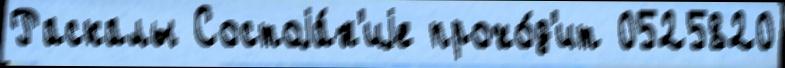
Раскалы Состоjа́н'иjе прохо́д'ит 0525820